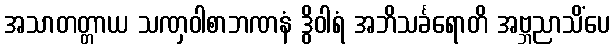
အသာတတ္တာယ သဏှဝါစာဘဏနံ ဒွိဝါရံ အဘိသင်္ခရောတိ အဗ္ဘညာသိံပေ